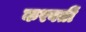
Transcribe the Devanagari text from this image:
करवतीं